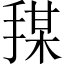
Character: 𪮍